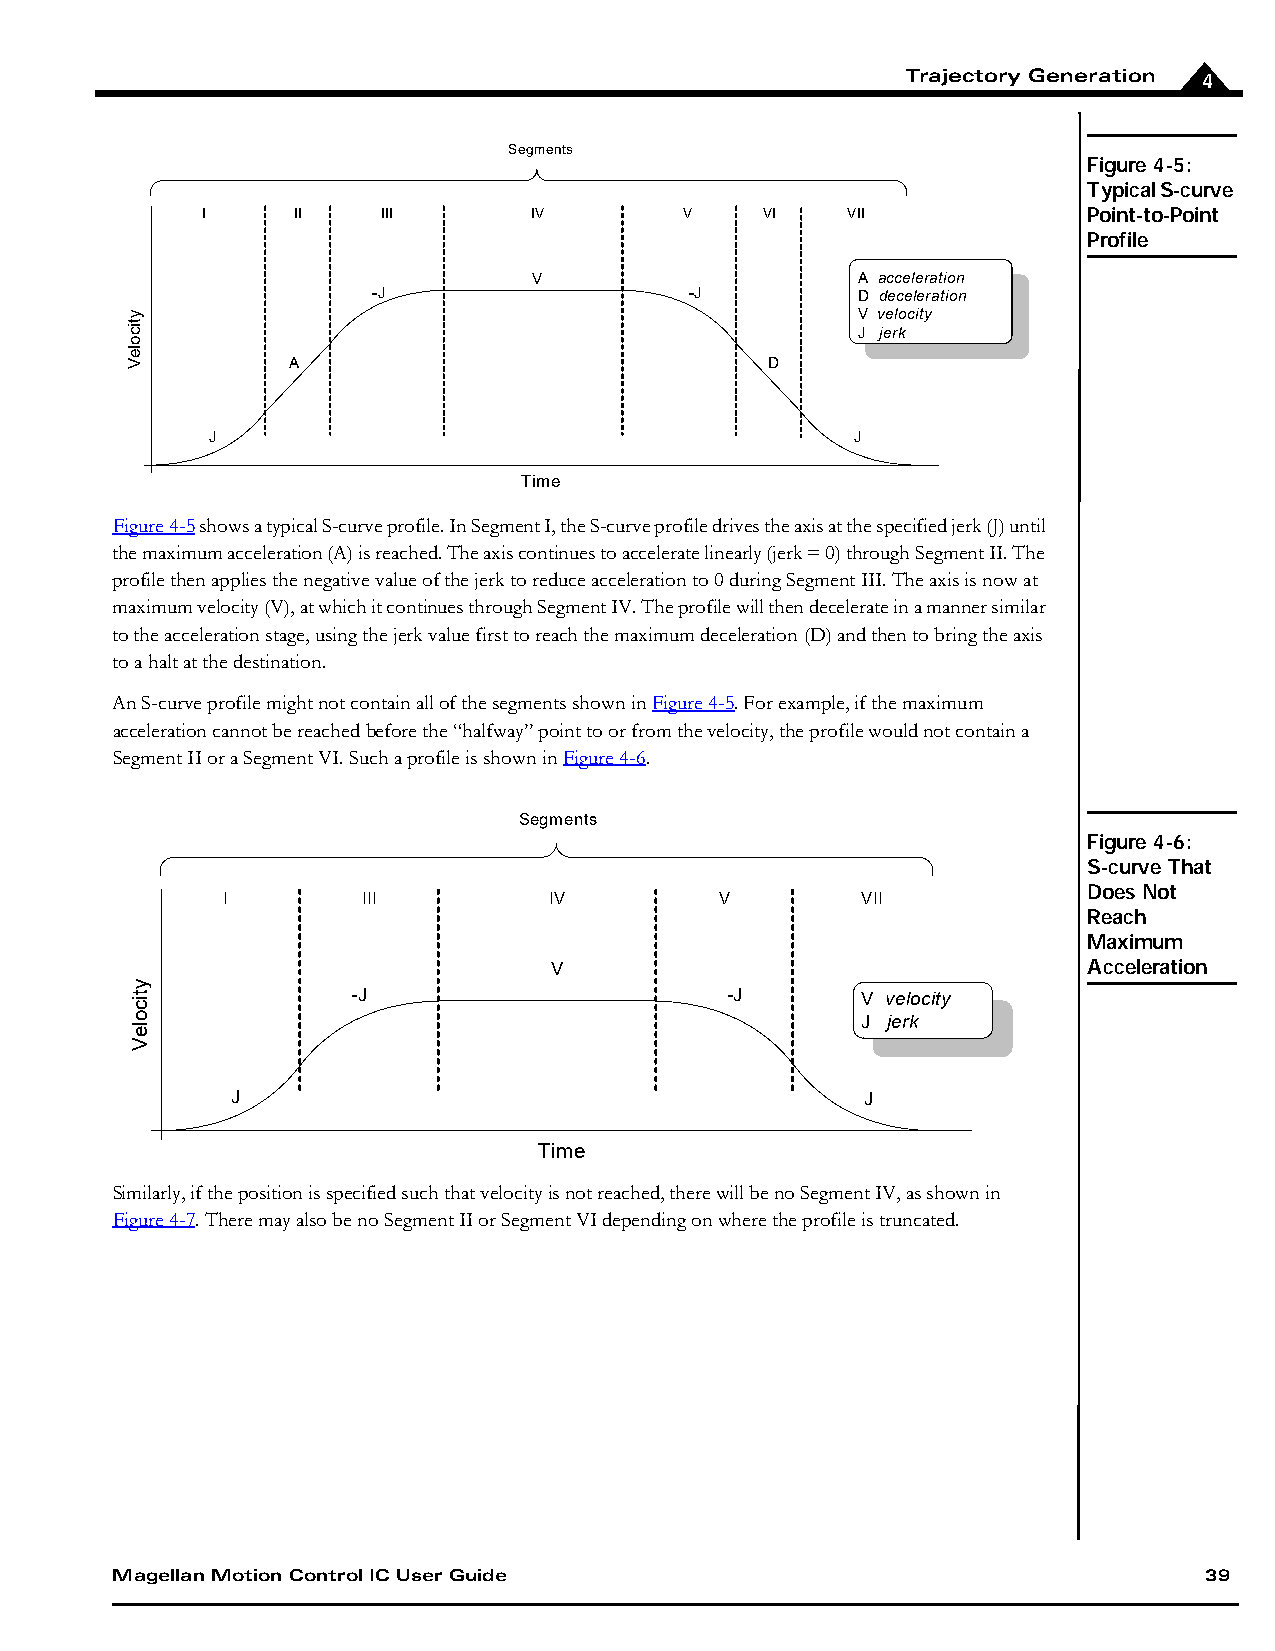
Trajectory Generation 4
 Segments
 Figure 4-5:
 Typical S-curve
 I     II    III       IV        V     VI   VII             Point-to-Point
 Profile
 V                     A acceleration
 -J                   -J         D deceleration
 V velocity
 J jerk
 A                               D
 J                                          J
 Time
 Figure4-5 shows a typical S-curve profile. In Segment I, the S-curve profile drives the axis at the specified jerk (J) until
 the maximum acceleration (A) is reached. The axis continues to accelerate linearly (jerk = 0) through Segment II. The
 profile then applies the negative value of the jerk to reduce acceleration to 0 during Segment III. The axis is now at
 maximum velocity (V), at which it continues through Segment IV. The profile will then decelerate in a manner similar
 to the acceleration stage, using the jerk value first to reach the maximum deceleration (D) and then to bring the axis
 to a halt at the destination.
 An S-curve profile might not contain all of the segments shown in Figure4-5. For example, if the maximum
 acceleration cannot be reached before the “halfway” point to or from the velocity, the profile would not contain a
 Segment II or a Segment VI. Such a profile is shown in Figure4-6.
 Segments
 Figure 4-6:
 S-curve That
 Does Not
 I        III         IV          V        VII
 Reach
 Maximum
 V                                   Acceleration
 -J                       -J       V velocity
 J jerk
 J                                         J
 Time
 Similarly, if the position is specified such that velocity is not reached, there will be no Segment IV, as shown in
 Figure4-7. There may also be no Segment II or Segment VI depending on where the profile is truncated.
 Magellan Motion Control IC User Guide                                    39
 yticoleV
 yticoleV